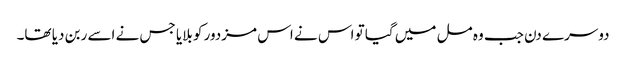
دوسرے دن جب وہ مل میں گیا تو اس نے اس مزدور کو بلایا جس نے اسے ربن دیا تھا۔